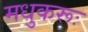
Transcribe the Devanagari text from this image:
मधुकरूः